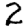
Digit: 2